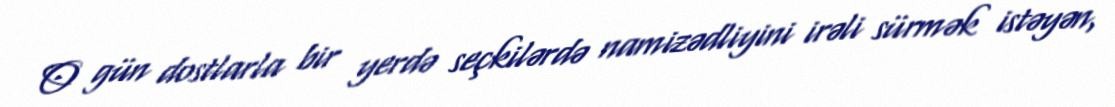
O gün dostlarla bir yerdə seçkilərdə namizədliyini irəli sürmək istəyən,